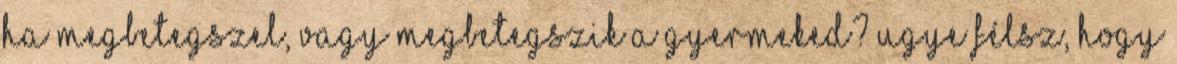
ha megbetegszel, vagy megbetegszik a gyermeked? Ugye félsz, hogy